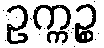
ဥက္ကဉ္စ